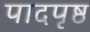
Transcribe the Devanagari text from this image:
पादपृष्ठ